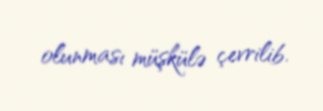
olunması müşkülə çevrilib.